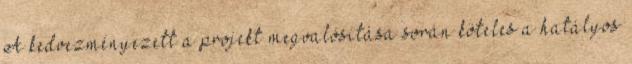
A kedvezményezett a projekt megvalósítása során köteles a hatályos